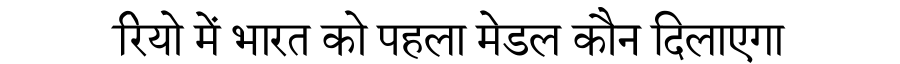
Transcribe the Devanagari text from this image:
रियो में भारत को पहला मेडल कौन दिलाएगा